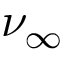
{ \nu } _ { \infty }